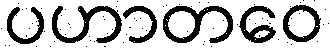
ပဟာတဝေ